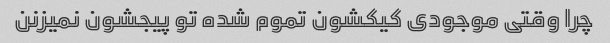
چرا وقتی موجودی کیکشون تموم شده تو پیجشون نمیزنن